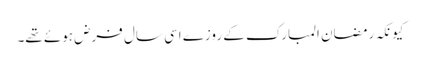
کیونکہ رمضان المبارک کے روزے اسی سال فرض ہوئے تھے۔